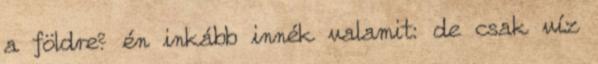
a földre? én inkább innék valamit: de csak víz